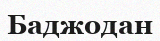
Баджодан